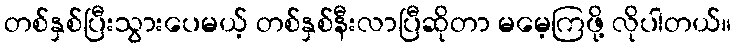
တစ်နှစ်ပြီးသွားပေမယ့် တစ်နှစ်နီးလာပြီဆိုတာ မမေ့ကြဖို့ လိုပါတယ်။